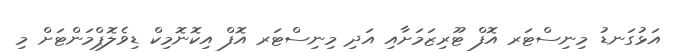
އަޅުގަނޑު މިނިސްޓަރ އޮފް ޓޫރިޒަމަށާއި އަދި މިނިސްޓަރ އޮފް އިކޮނޮމިކް ޑިވެލޮޕްމަންޓަށް މި